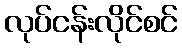
လုပ်ငန်းလိုင်စင်